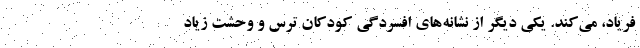
فریاد، می‌کند. یکی دیگر از نشانه‌های افسردگی کودکان ترس و وحشت زیاد